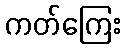
ကတ်ကြေး